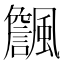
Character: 𱃏